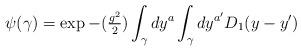
LaTeX: \begin{align*}\psi(\gamma) = \exp{ -({\textstyle{g^2 \over2}}) \int_{\gamma} dy^a\int_{\gamma} dy^{a'} D_{1}(y-y') }\end{align*}